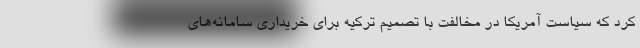
کرد که سیاست آمریکا در مخالفت با تصمیم ترکیه برای خریداری سامانه‌های